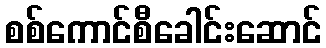
စစ်ကောင်စီခေါင်းဆောင်